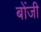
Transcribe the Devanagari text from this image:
बोंजी